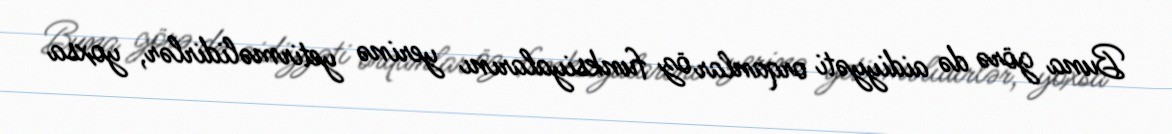
Buna görə də aidiyyəti orqanlar öz funksiyalarını yerinə yetirməlidirlər, yoxsa